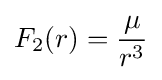
F_{2}(r)={\frac {\mu }{r^{3}}}